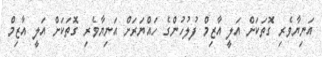
އަނިޔާވެރި ގޮތަކަށް އަލީ އާޒިމް ފުލުހުންގެ ހައްޔަރަށް އަނިޔާވެރި ގޮތަކަށް އަލީ އާޒިމް